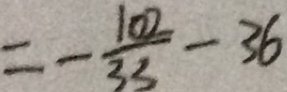
= - \frac { 1 0 2 } { 3 3 } - 3 6